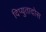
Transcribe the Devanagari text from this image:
दिप्युतादोस